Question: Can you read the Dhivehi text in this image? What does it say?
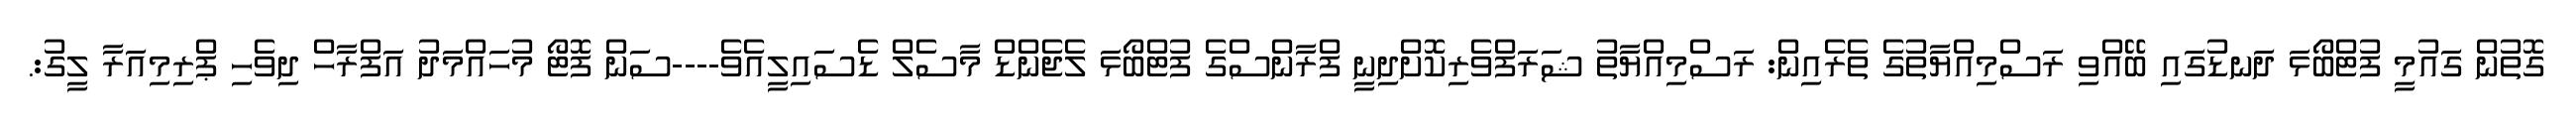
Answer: ގޮތުން ގައުމީ ފުޓްބޯޅަ ދަނޑުގައި ބޭއްވި ރަސްމިއްޔާތުގެ ތެރެއިން: ރަސްމިއްޔާތު ޝަރަފްވެރިކޮށްދިނީ ފްރާންސްގެ ފުޓްބޯޅަ ލެޖެންޑް މާސެލް ޑެސައިލީއެވެ----ސަން ފޮޓޯ މުހައްމަދު އަފްރާހް ދިވެހި ޕްރިމިއަރާ ލީގު:.